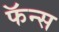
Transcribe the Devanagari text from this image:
फॅन्स